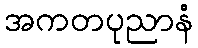
အကတပုညာနံ